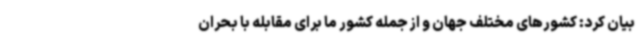
بیان کرد: کشورهای مختلف جهان و از جمله کشور ما برای مقابله با بحران